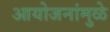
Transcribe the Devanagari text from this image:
आयोजनांमुळे